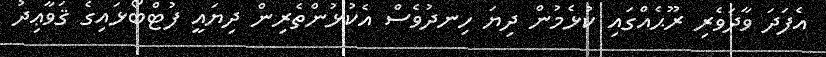
އެފަދަ ވާދަވެރި ރޫޙެއްގައި ކުޅެމުން ދިޔަ ހިނދުވެސް އެކުޅުންތެރިން ދިޔައީ ފުޓްބޯޅައިގެ ޤަވާޢިދު